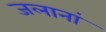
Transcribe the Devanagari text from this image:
जलानां